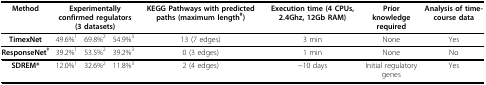
<table><thead><tr><td><b>Method</b></td><td colspan="3"><b>Experimentally confirmed regulators (3 datasets)</b></td><td><b>KEGG Pathways with predicted paths (maximum length<sup>#</sup>)</b></td><td><b>Execution time (4 CPUs, 2.4Ghz, 12Gb RAM)</b></td><td><b>Prior knowledge required</b></td><td><b>Analysis of time-course data</b></td></tr></thead><tbody><tr><td><b>TimexNet</b></td><td>49.6%<sup>1</sup></td><td>69.8%<sup>2</sup></td><td>54.9%<sup>3</sup></td><td>13 (7 edges)</td><td>3 min</td><td>None</td><td>Yes</td></tr><tr><td><b>ResponseNet<sup>ǂ</sup></b></td><td>39.2%<sup>1</sup></td><td>53.5%<sup>2</sup></td><td>39.2%<sup>3</sup></td><td>0 (3 edges)</td><td>1 min</td><td>None</td><td>No</td></tr><tr><td><b>SDREM*</b></td><td>12.0%<sup>1</sup></td><td>32.6%<sup>2</sup></td><td>11.8%<sup>3</sup></td><td>2 (4 edges)</td><td>~10 days</td><td>Initial regulatory genes</td><td>Yes</td></tr></tbody></table>